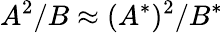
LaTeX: A^{2}/B\approx(A^{*})^{2}/B^{*}